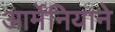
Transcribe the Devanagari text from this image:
आर्मेनियाने